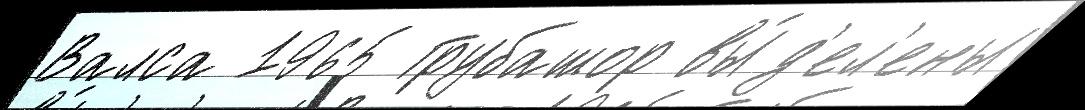
Валса 1965 Грубашор вы́д'ел'ены